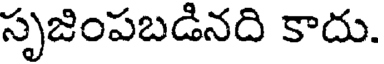
సృజింపబడినది కాదు.